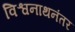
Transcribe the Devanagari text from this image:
विश्वनाथनंतर